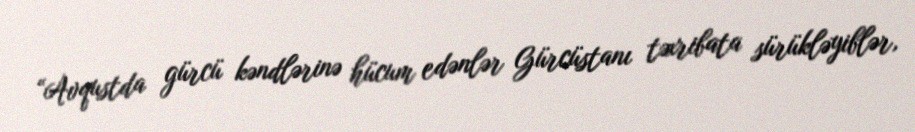
“Avqustda gürcü kəndlərinə hücum edənlər Gürcüstanı təxribata sürükləyiblər,